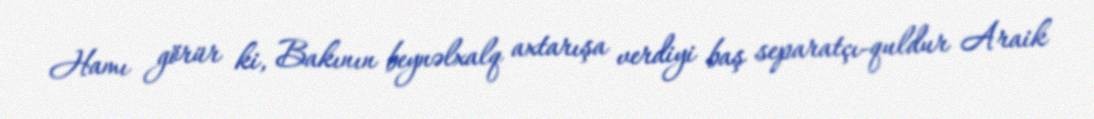
Hamı görür ki, Bakının beynəlxalq axtarışa verdiyi baş separatçı-quldur Araik